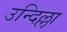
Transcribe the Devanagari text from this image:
उन्दिल्ला